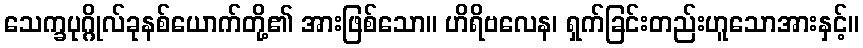
သေက္ခပုဂ္ဂိုလ်ခုနစ်ယောက်တို့၏ အားဖြစ်သော။ ဟိရိဗလေန၊ ရှက်ခြင်းတည်းဟူသောအားနှင့်။